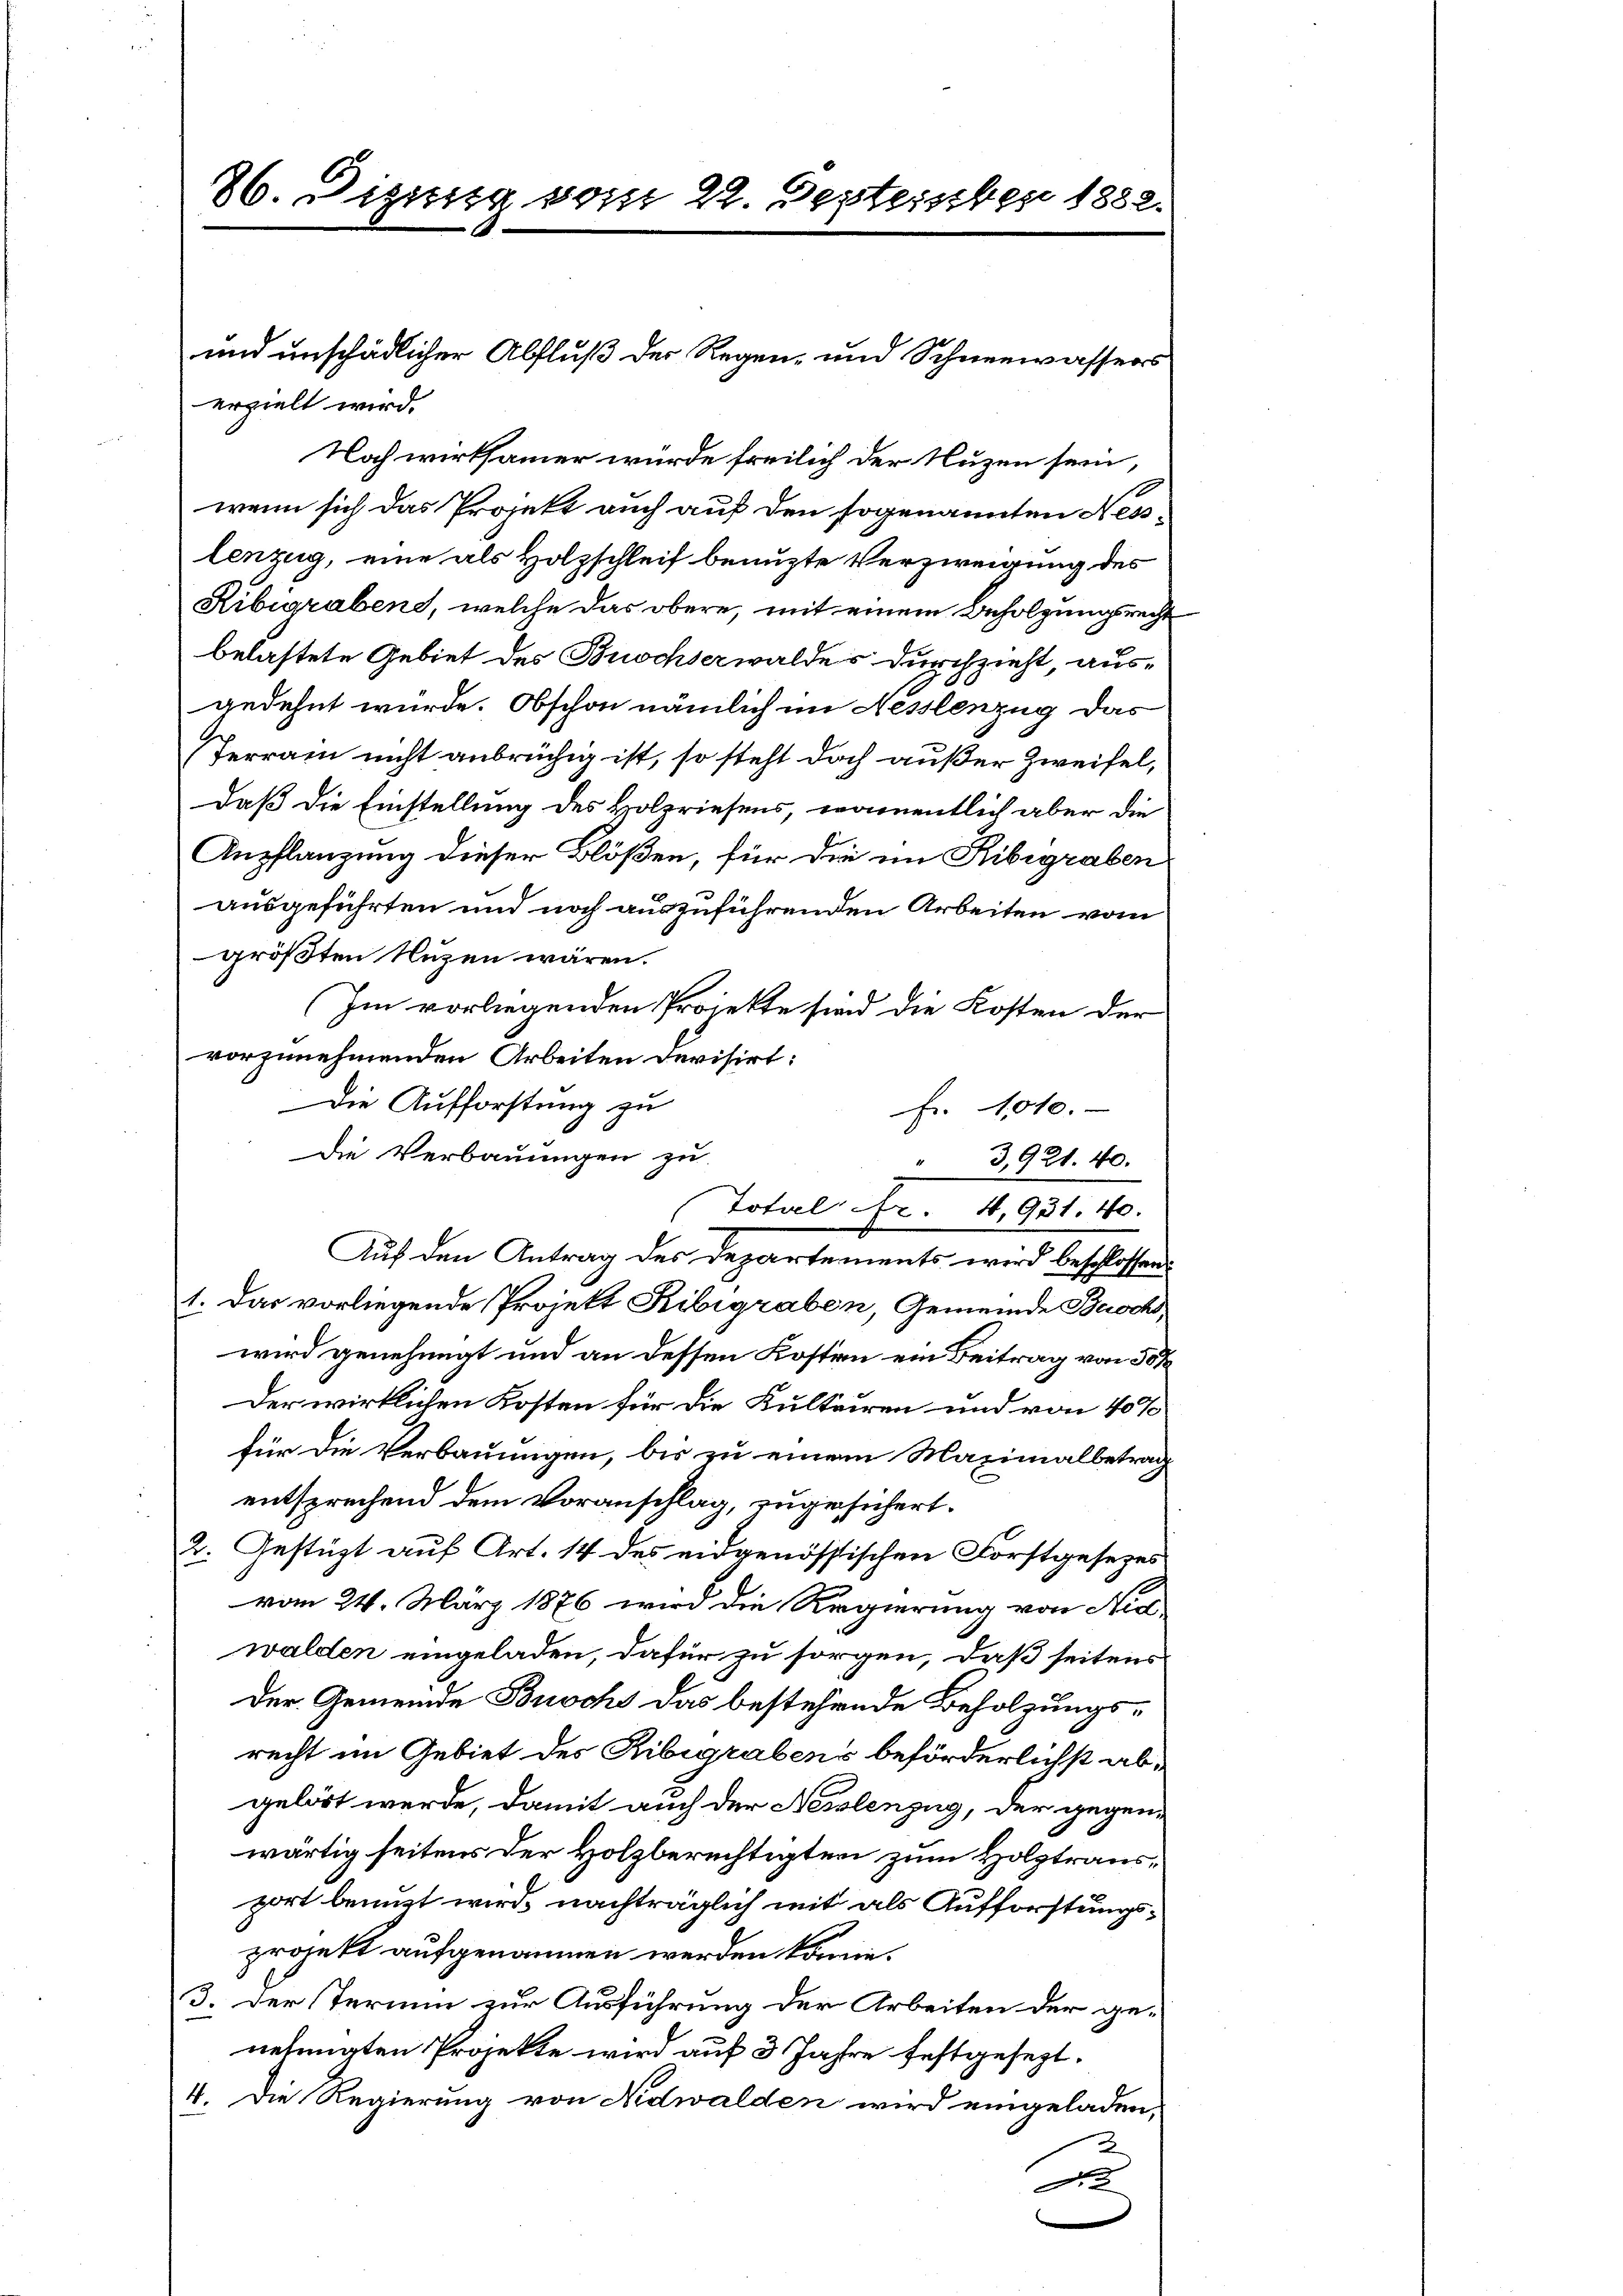
86. Dizung vom 22. Deptember 1882.

erzielt wird.
Noch wirksamer würde freilich der Nuzen sein,
10
wenn sich das Projekt auch auf den sogenannten Nesslenzug, eine als Holzschleif benuzte Verzweigung des
Ribigraben, welche das obere, mit einem Beholzungsrecht
belastete Gebiet des Buochserwaldes durchzieht, ausgedehnt würde. Obschon nämlich im Nesslenzug das
Terrain nicht anbrüchig ist, so steht doch außer Zweifel,
daß die Einstellung des Holzriesens, namentlich aber die
Anpflanzung dieser Blößen, für die im Ribigraben
ausgeführten und noch auszuführenden Arbeiten vom
größten Nuzen wären.
Im vorliegenden Projekte sind die Kosten der
vorzunehmenden Arbeiten devisirt:
Die Aufforstung zu
fr. 1010.
Die Verbauungen zu
3,921. 40.
Tofal Nr. 4, 951. 40.
Auf den Antrag des Departements wird beschlossen:
1. Das vorliegende Projekt Kibigraben, Gemeinde Buochwird genehmigt und an dessen Kosten ein Beitrag von 30%
Der wirklichen Kosten für die Kultuiren und von 40%
für die Verbauungen, bis zu einem Maximalbetrag
entsprechend dem Voranschlag, zugesichert.
2. Gestützt auf Art. 14 des eidgenössischen Forstgesezes
vom 24. März 1876 wird die Regierung von Nied
walden eingeladen, dafür zu sorgen, daß seitens
der Gemeinde Buschs das bestehende Beholzungsrecht im Gebiet des Ribigrabens beförderlichst abgelöst werde, damit auch der Nesslenzug, der gegenwärtig seitens der Holzberechtigten zum Holztransport benuzt wird, nachträglich mit als Aufforstungsprojekt aufgenommen werden könne.
3. Der Termin zur Ausführung der Arbeiten der ge-
nehmigten Projekte wird auf 3 Jahre festgesezt.
4. Die Regierung von Nidwalden wird eingeladen,
2
A

und unschädlicher Abfluß der Regen- und Schneewassers